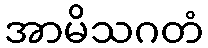
အာမိသဂတံ